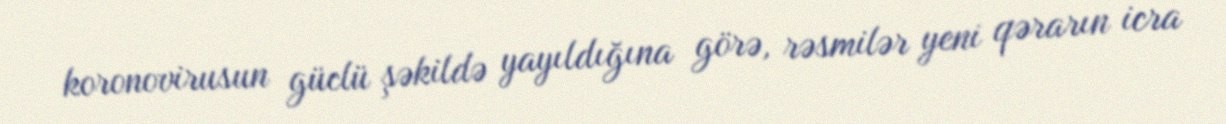
koronovirusun güclü şəkildə yayıldığına görə, rəsmilər yeni qərarın icra